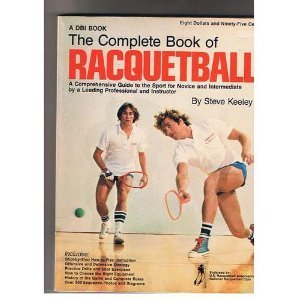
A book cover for The complete book of racquetball; Steve Keeley; Sports & Outdoors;